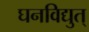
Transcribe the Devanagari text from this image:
घनविद्युत्